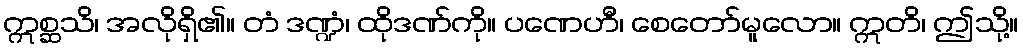
ဣစ္ဆသိ၊ အလိုရှိ၏။ တံ ဒဏ္ဍံ၊ ထိုဒဏ်ကို။ ပဏေဟီ၊ စေတော်မူလော။ ဣတိ၊ ဤသို့။